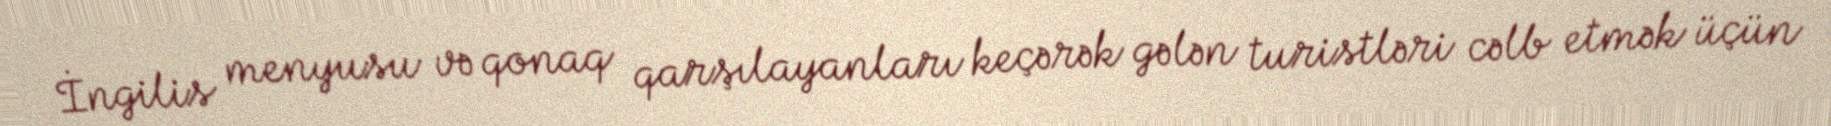
İngilis menyusu və qonaq qarşılayanları keçərək gələn turistləri cəlb etmək üçün